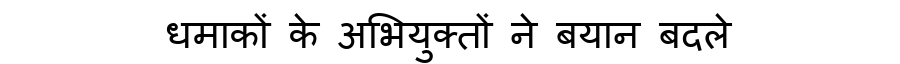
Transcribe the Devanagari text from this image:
धमाकों के अभियुक्तों ने बयान बदले